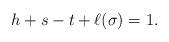
LaTeX: \begin{align*} h + s - t + \ell(\sigma) = 1.\end{align*}